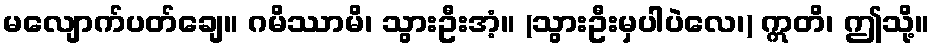
မလျောက်ပတ်ချေ။ ဂမိဿာမိ၊ သွားဦးအံ့။ (သွားဦးမှပါပဲလေ၊) ဣတိ၊ ဤသို့။